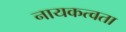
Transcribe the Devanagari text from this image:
नायकत्वता